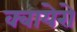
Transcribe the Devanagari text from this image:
क्बायेरो